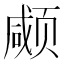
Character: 𱂱